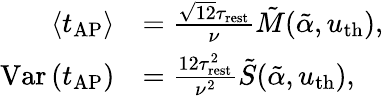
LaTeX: \begin{array}{rl}{\left\langle t_{\mathrm{AP}}\right\rangle}&{=\frac{\sqrt{12}\tau_{\mathrm{rest}}}{\nu}\tilde{M}(\tilde{\alpha},u_{\mathrm{th}}),}\\ {\mathrm{Var}\left(t_{\mathrm{AP}}\right)}&{=\frac{12\tau_{\mathrm{rest}}^{2}}{\nu^{2}}\tilde{S}(\tilde{\alpha},u_{\mathrm{th}}),}\end{array}